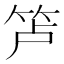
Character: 𰩲